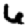
Digit: 6